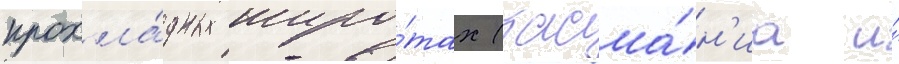
прохла́дных широ́тах (тасма́н'иа и́